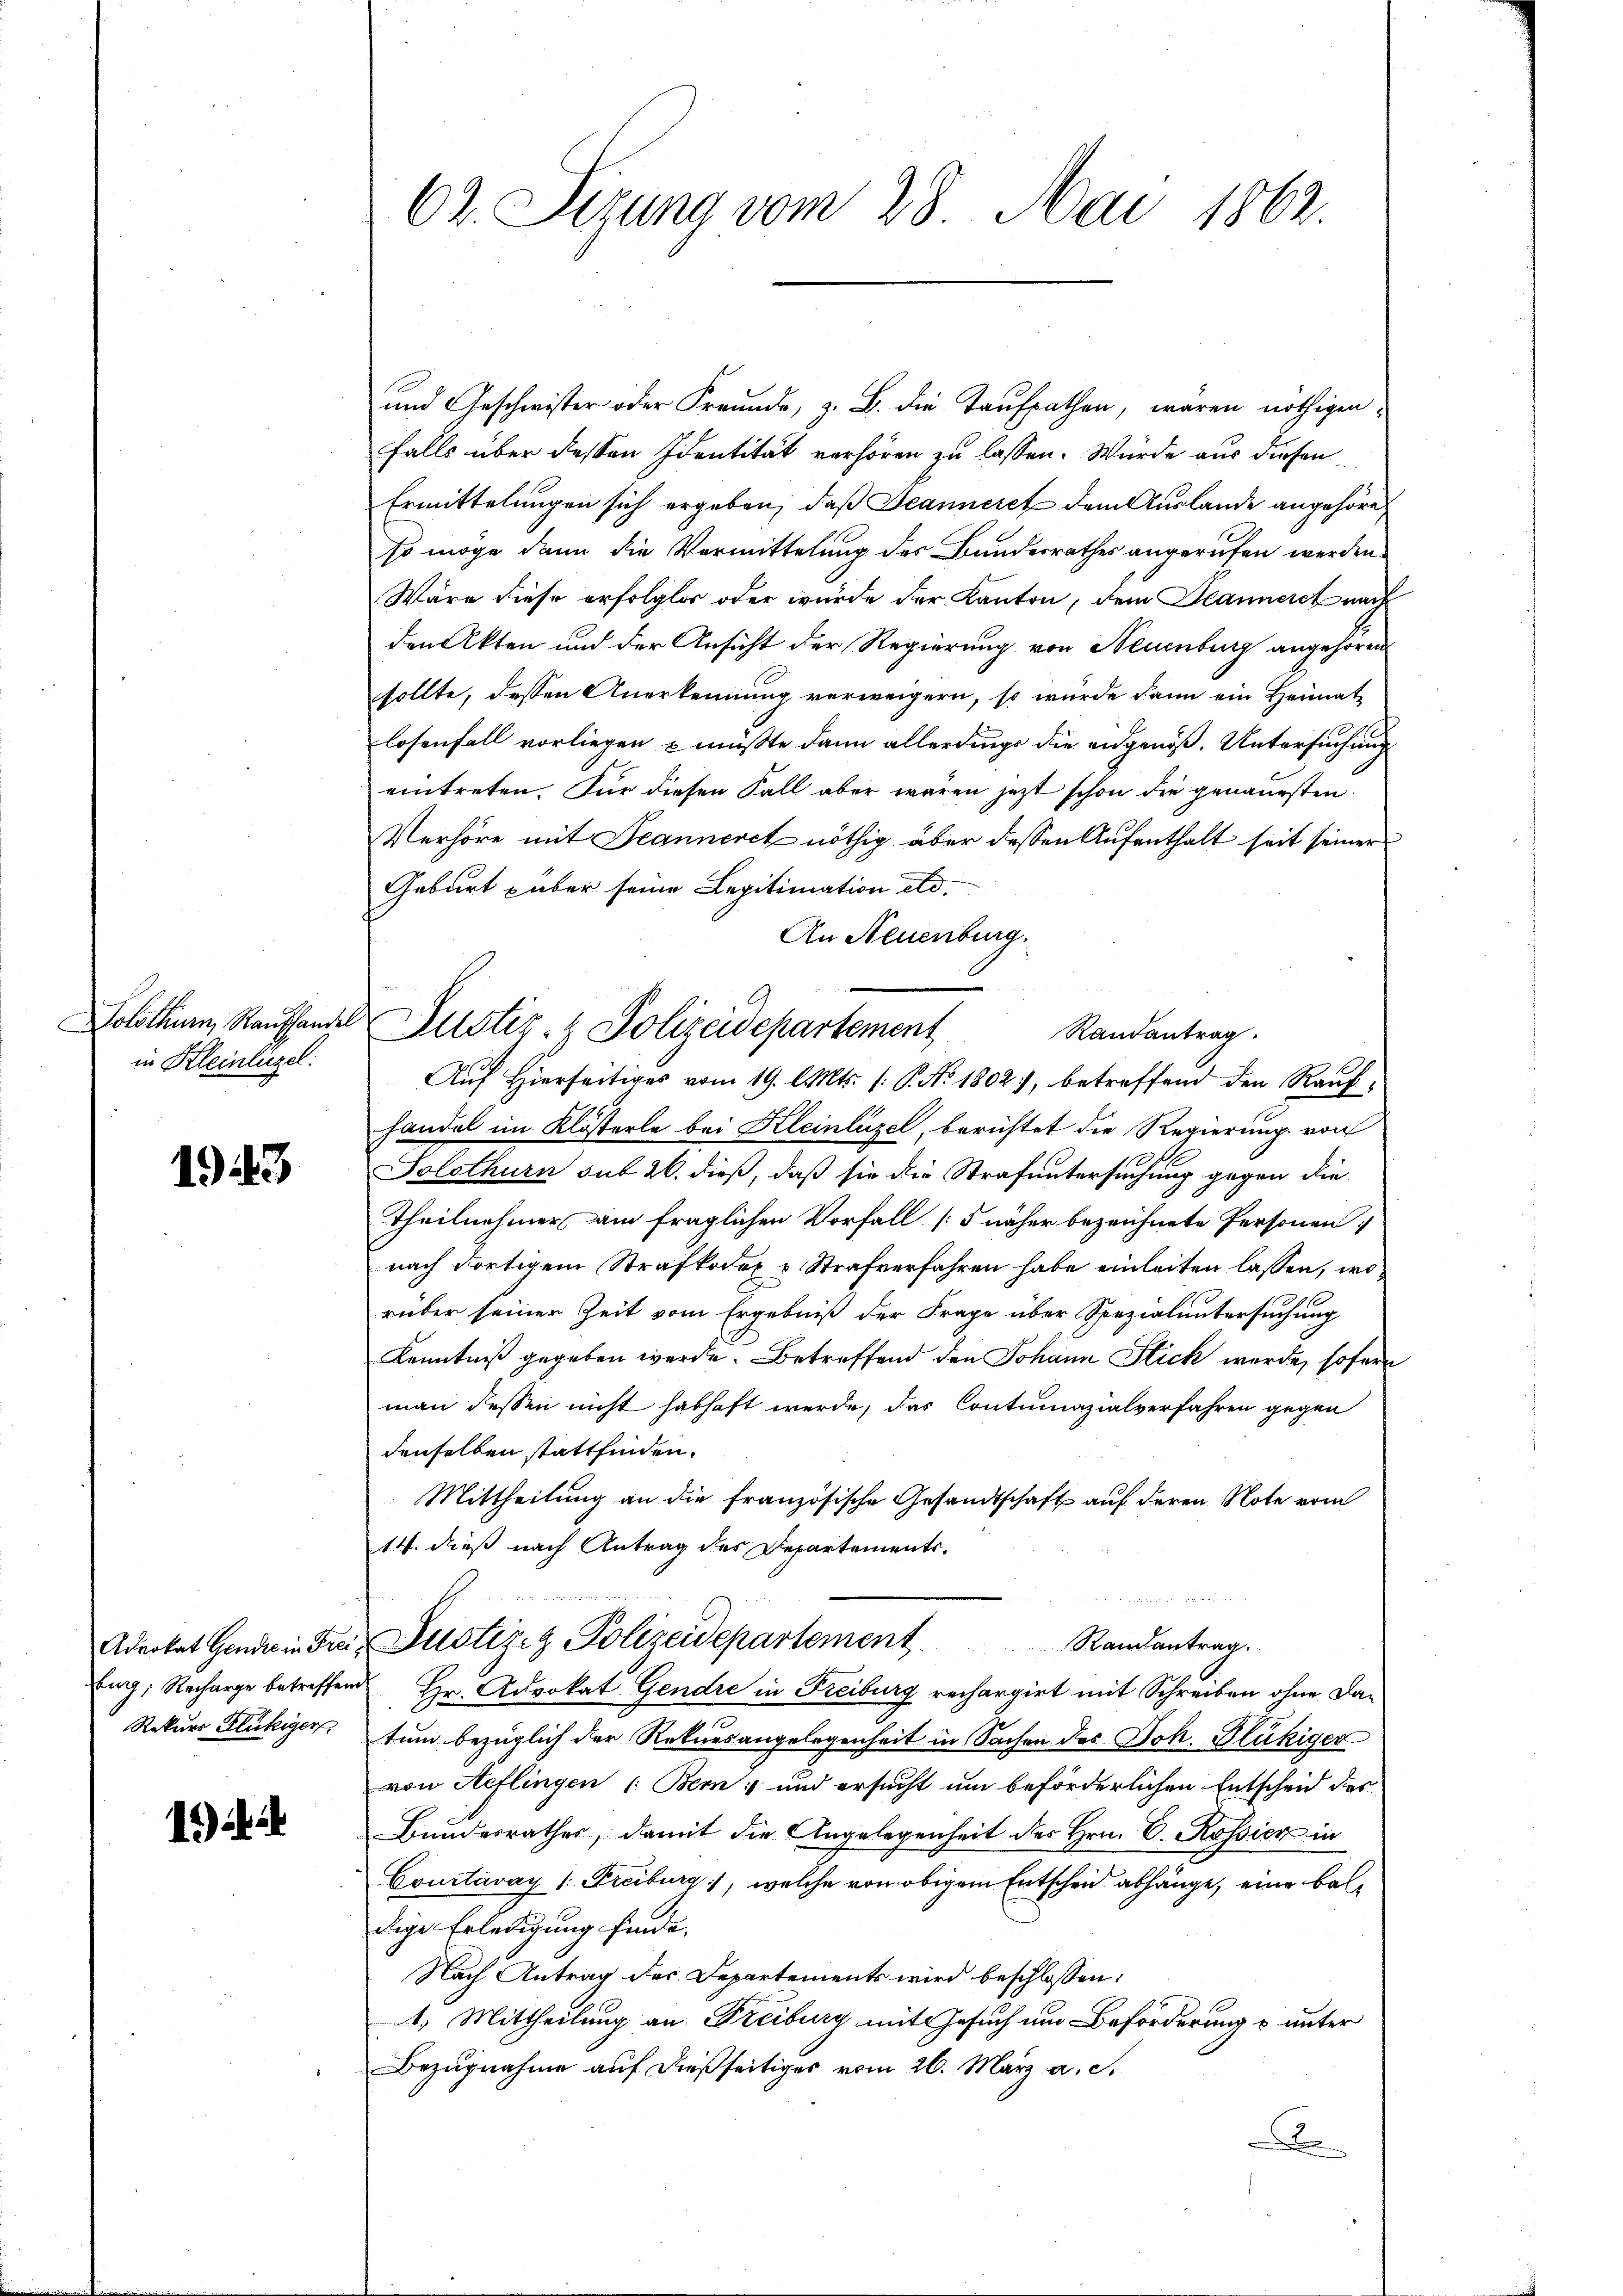
Solothurn, Raufhandel
in Kleinlügel:

1943

Advokat Gendre in Frei¬
Eng; Recharge betreffend
Rekurs Flückiger

1) i

62. Sizung vom 28. Mai 1862.

und Geschwister oder Freunde, z. B. die Taufpathen, waren nöthigen
falls über dessen Identität verhören zu lassen. Würde aus diesen
Ermittelungen sich ergeben, daß Jeanneret dem Auslande angehöre,
so möge dann die Vermittelung des Bundesrathes angerufen werden.
Wäre diese erfolglos oder wurde der Kanton, dem Jeanneret nach
den Akten und der Ansicht der Regierung von Neuenburg angehören
sollte, dessen Anerkennung verweigern, so wurde dann ein Heimat
losenfall vorliegen & müßte dann allerdings die angenoß. Untersuchung
eintreten. Für diesen Fall aber waren jetzt schon die genauesten
Verhöre mit Jeanneret nöthig über dessen Aufenthalt seit seiner
Geburt über seine Legitimation etc.
An Neuenburg.
Randantrag.
Auf Hierseitiges vom 19. l. Mts. 1. P. No 1802), betreffend den Raufhandel im Klösterle bei Kleinlizel, berichtet die Regierung von
Solothurn sub 20. dieß, daß sie die Strafuntersuchung gegen die
Theilnehmer am fraglichen Vorfall [5 näher bezeichnete Personen:
nach dortigem Strafkodex v. Strafverfahren habe einleiten lassen, wo
rüber seiner Zeit vom Ergebniß der Frage über Spezialuntersuchung
Kenntniß gegeben werde. Betreffend den Johann Stick wurde, sofern
man dessen nicht habhaft werde, das Contumazialverfahren gegen
denselben stattfinden.
Mittheilung an die französische Gesandtschaft auf deren Note vom
14. dieß nach Antrag des Departements.

Justiz & Polizeidepartement
Randantrag.
Hr. Advokat Gendre in Freiburg rechargirt mit Schreiben ohne Datum bezüglich der Rekursangelegenheit in Sachen des Joh. Glückiger
von Seflingen (Bem; und ersucht um beförderlichen Entscheid des
Bundesrathes, damit die Angelegenheit des Hrn. C. Rossier in
Courtavay 1. Freiburg, welche von obigem Entscheid abhänge, eine baldige Erledigung finde. |
Nach Antrag des Departements wird beschlossen:
1) Mittheilung an Freiburg mit Gesuch um Beförderung & unter
Bezugnahme auf dießseitiges vom 26. März a. c.
A

Justiz & Polizeidepartement